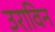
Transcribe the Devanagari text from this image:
उराविन